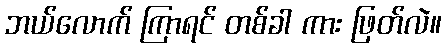
ဘယ်လောက် ကြာရင် တစ်ခါ ကား ဖြတ်လဲ။